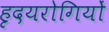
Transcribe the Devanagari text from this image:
हृदयरोगियों